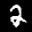
Digit: 2